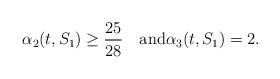
LaTeX: \begin{align*}\alpha_2(t,S_1) \geq \frac{25}{28}\quad\textrm{and}\alpha_3(t,S_1) = 2.\end{align*}